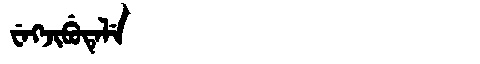
Manchu: ᠸᡝᡴᠵᡳᠪᡠᡨᡝᠯᡝ
Romanization: WEKJIBUTELE